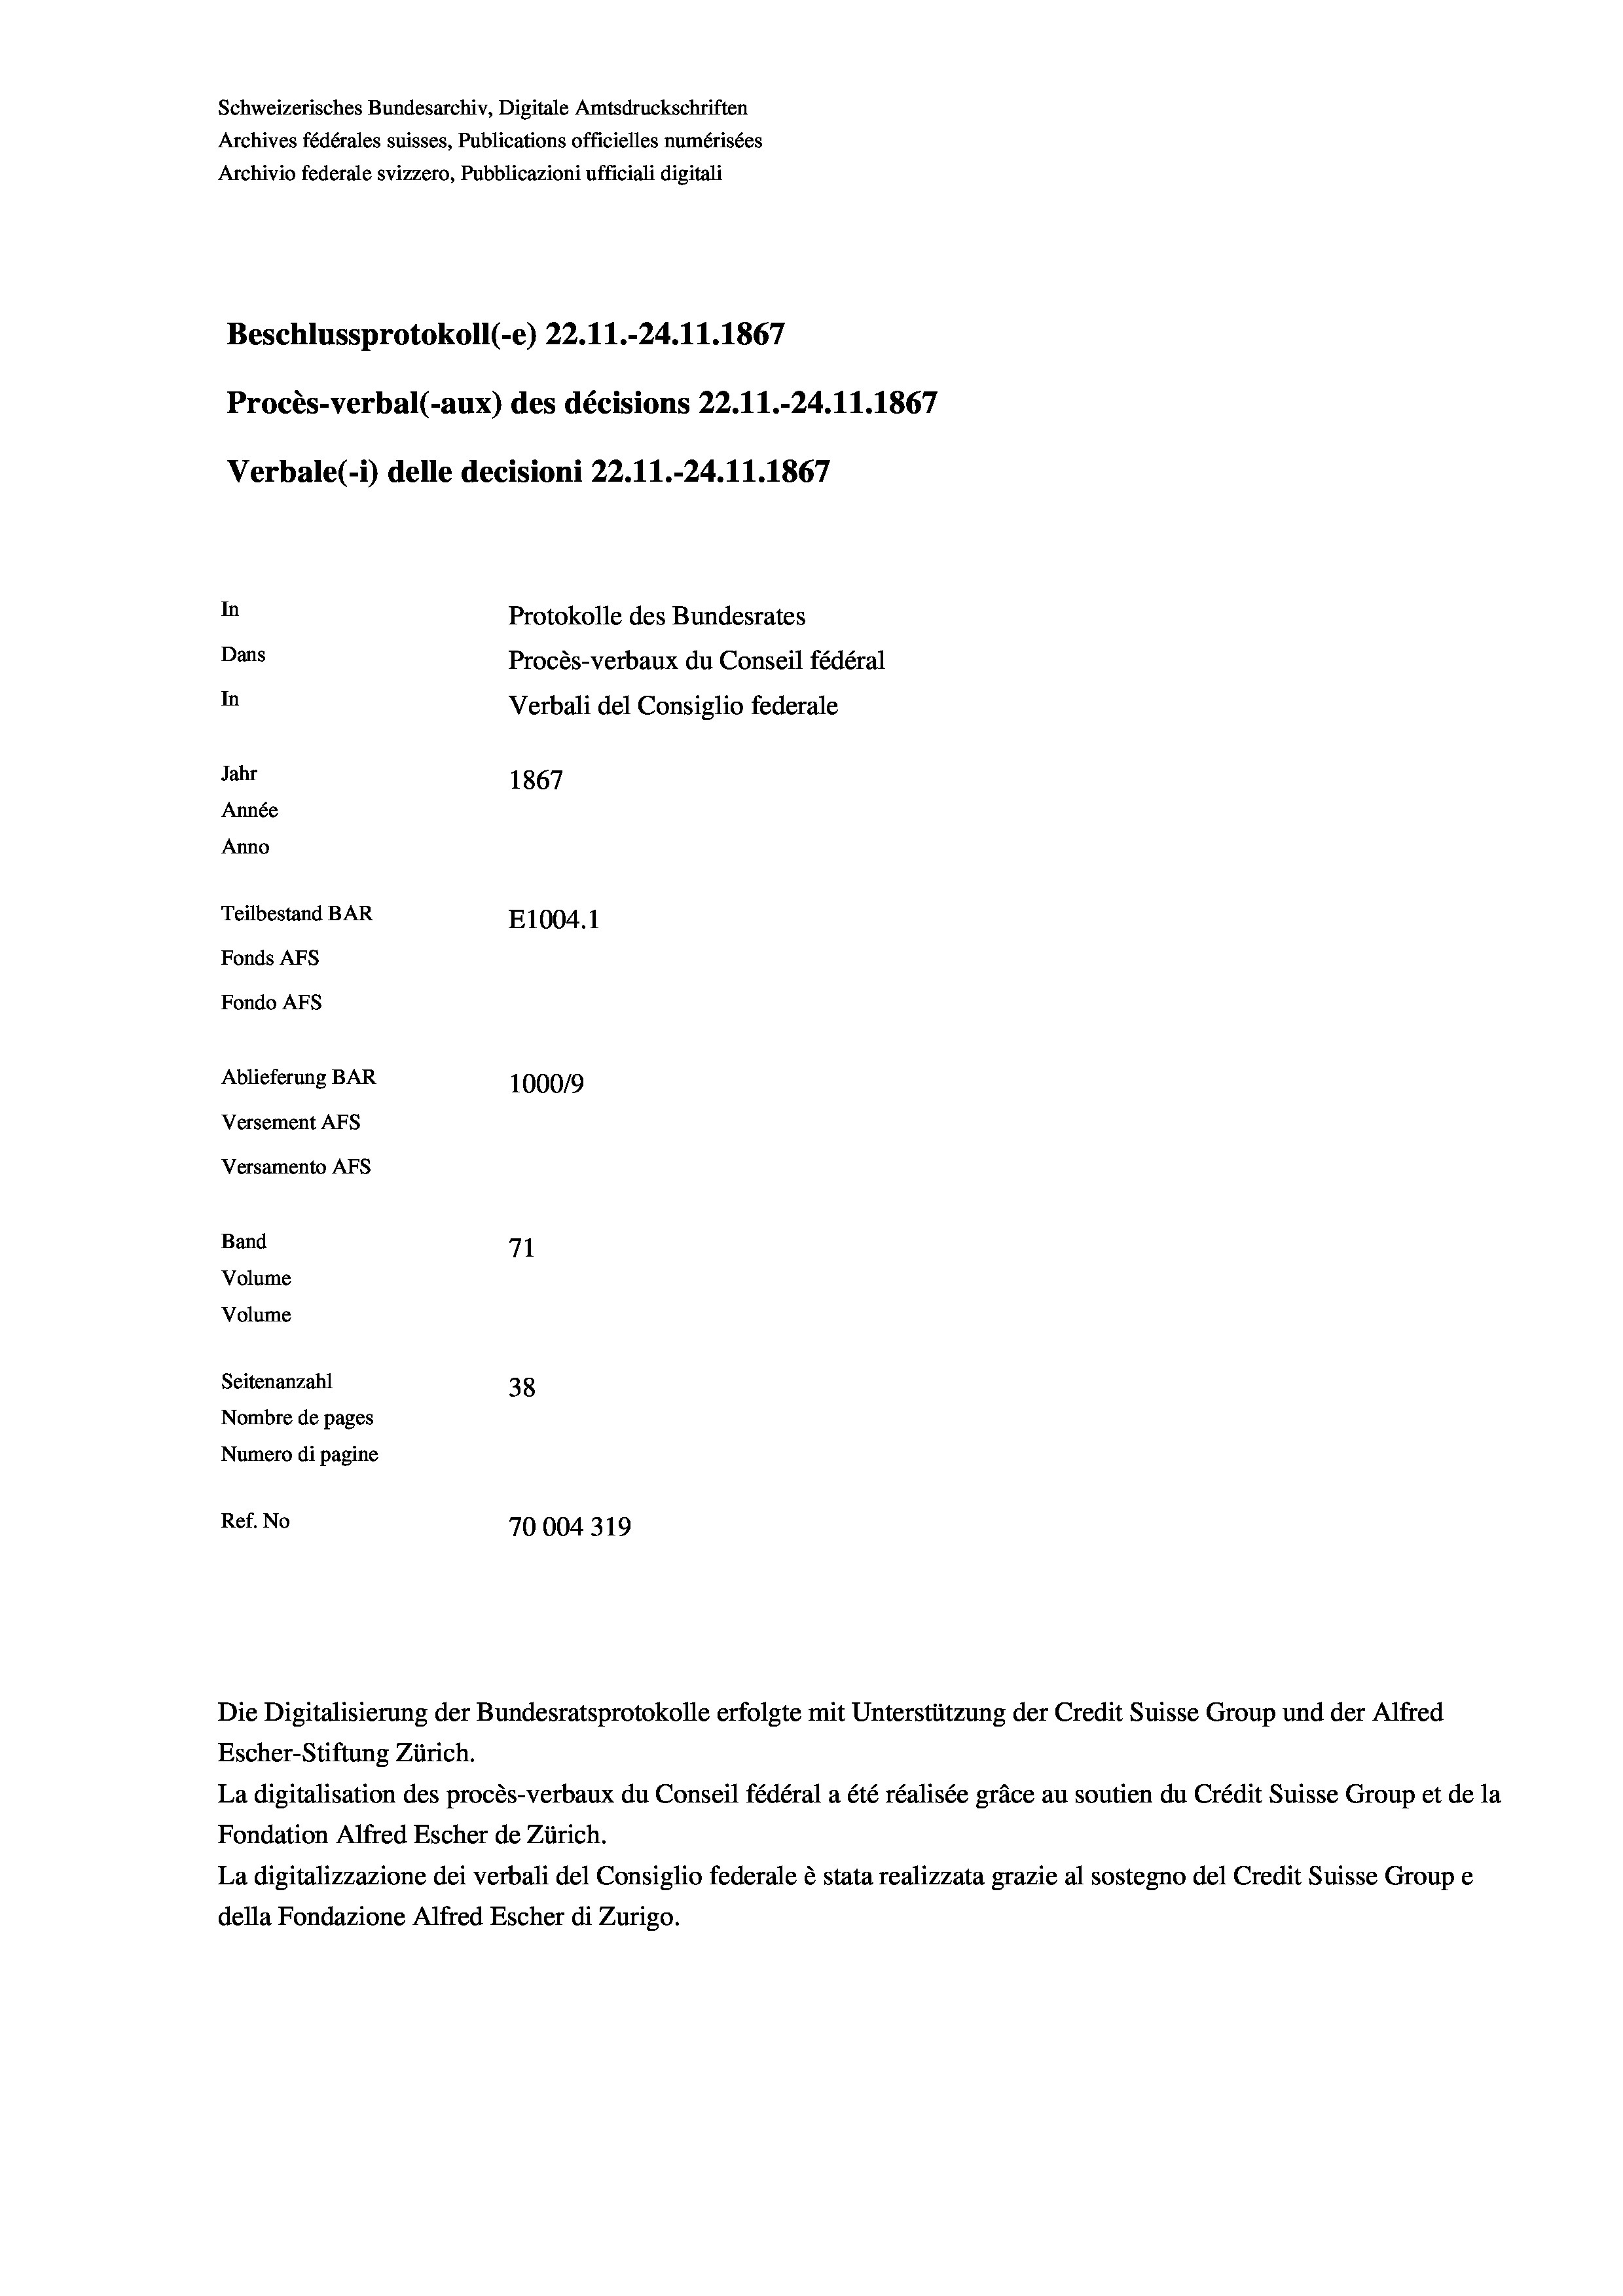
Schweizerisches Bundesarchiv, Digitale Amtsdruckschriften
Archives fédérales suisses, Publications officielles numérisées
Archivio federale svizzero, Pubblicazioni ufficiali digitali
Beschlussprotokoll (-e) 22.11.-24.11.1867
Procès-verbal (-aux) des décisions 22.11.-24.11.1867
Verbale(-*) delle decisioni 22.11.-24.11.1867
In
Protokolle des Bundesrates
Dans
Procès-verbaux du Conseil fédéral
In
Verbali del Consiglio federale
Jahr
1867
Année
Anno
Teilbestand BAR
E1004.1
Fonds AFs
Fondo AFs
Ablieferung BAR
100019
Versement AFs
Versamento AFs
Band
71
Volume
Volume

Seitenanzahl
38
Nombre de pages
Numero di pagine
Ref. No
70004319

Escher-Stiftung Zürich.
La digitalisation des procès-verbaux du Conseil fédéral a été réalisée gräce au soutien du Crédit Suisse Group et de la
Fondation Alfred Escher de Zürich.
La digitalizzazione dei verbali del Consiglio federale è stata realizzata grazie al sostegno del Credit Suisse Groupe
della Fondazione Alfred Escher di Zurigo.

Die Digitalisierung der Bundesratsprotokolle erfolgte mit Unterstützung der Credit Suisse Group und der Alfred